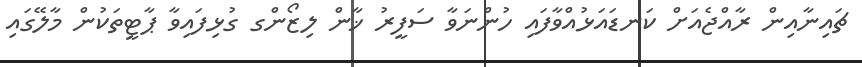
ޗައިނާއިން ރާއްޖެއަށް ކަނޑައަޅުއްވާފައި ހުންނަވާ ސަފީރު ޚާން ލިޒޯންގ ގުޅިފައިވާ ޕާޓީތަކުން މާލޭގައި